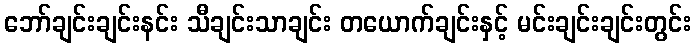
ဘော်ချင်းချင်းနင်း သီချင်းသာချင်း တယောက်ချင်းနှင့် မင်းချင်းချင်းတွင်း